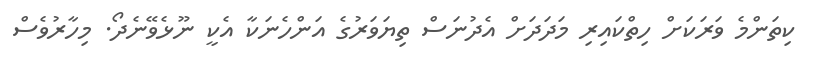
ކިތަންމެ ވަރަކަށް ހިތްކައިރި މަދަދަށް އެދުނަސް ތިޔަވަރުގެ އަންހެނަކާ އެކީ ނޫޅެވޭނެދޯ. މިހާރުވެސް